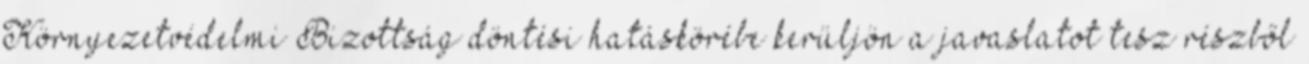
Környezetvédelmi Bizottság döntési hatáskörébe kerüljön a javaslatot tesz részből